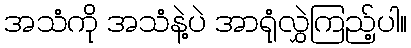
အသံကို အသံနဲ့ပဲ အာရုံလွှဲကြည့်ပါ။